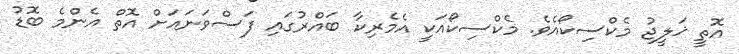
އޮތީ ޚަލީޖު މެކްސިކޯއެވެ. މެކްސިކޯއަކީ އެމެރިކާ ބައްރުގައި ފަސްވަނައަށް އޮތް އެންމެ ބޮޑު